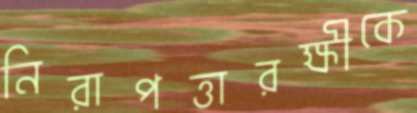
নিরাপত্তারক্ষীকে